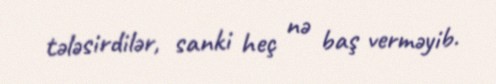
tələsirdilər, sanki heç nə baş verməyib.